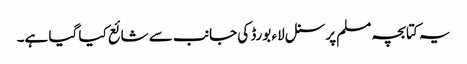
یہ کتابچہ مسلم پرسنل لاء بورڈ کی جانب سے شائع کیا گیا ہے۔